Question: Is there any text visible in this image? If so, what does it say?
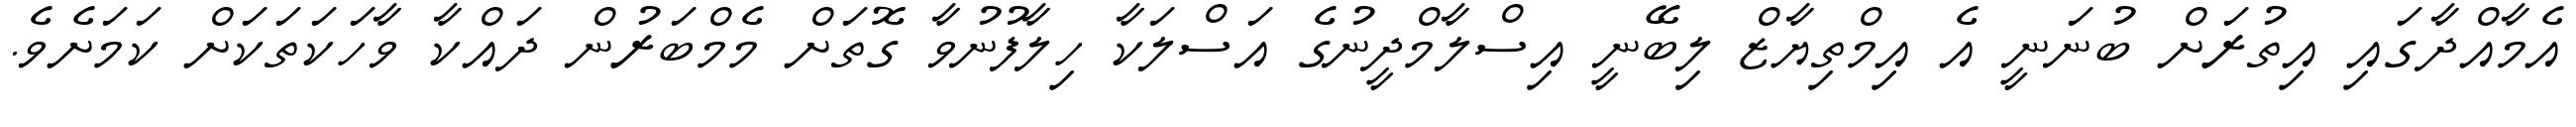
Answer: އެމާއްދާގައި އިތުރަށް ބުނަނީ އެ އިމްތިޔާޒް ލިބޭނީ އިސްލާމްދީނުގެ އަސްލަކާ ހިލާފުނުވާ ގޮތަށް މެމްބަރުން ދައްކާ ވާހަކަތަކަށް ކަމަށެވެ.